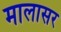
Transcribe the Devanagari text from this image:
मालासर